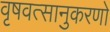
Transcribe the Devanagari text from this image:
वृषवत्सानुकरणो